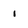
Character: 1